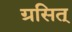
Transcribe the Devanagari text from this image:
ग्रसित्